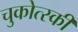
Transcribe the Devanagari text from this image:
चुकोत्स्की